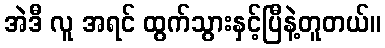
အဲဒီ လူ အရင် ထွက်သွားနှင့်ပြီနဲ့တူတယ်။